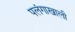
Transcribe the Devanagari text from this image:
पलंगाखाली